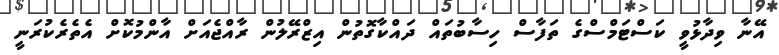
އޭނާ ވިދާޅުވީ ކަސްޓަމްސްގެ ތަފާސް ހިސާބުތައް ދައްކާގޮތުން އިޒްރޭލުން ރާއްޖެއަށް އާންމުކޮށް އެތެރެކުރަނީ